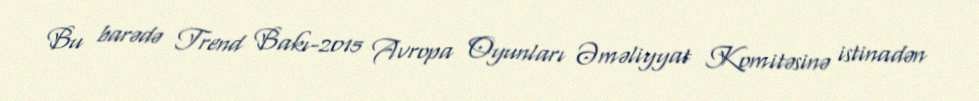
Bu barədə Trend Bakı-2015 Avropa Oyunları Əməliyyat Komitəsinə istinadən